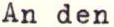
An den